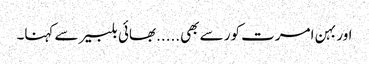
اور بہن امرت کور سے بھی.....بھائی بلبیر سے کہنا۔